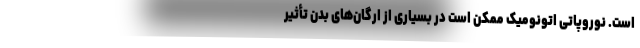
است. نوروپاتی اتونومیک ممکن است در بسیاری از ارگان‌های بدن تأثیر